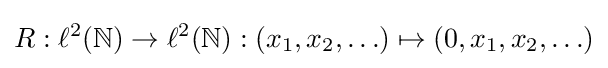
R:\ell ^{2}(\mathbb {N} )\to \ell ^{2}(\mathbb {N} ):(x_{1},x_{2},\ldots )\mapsto (0,x_{1},x_{2},\ldots )